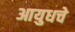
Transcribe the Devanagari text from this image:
आयुधचे